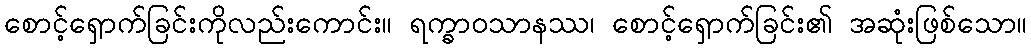
စောင့်ရှောက်ခြင်းကိုလည်းကောင်း။ ရက္ခာဝသာနဿ၊ စောင့်ရှောက်ခြင်း၏ အဆုံးဖြစ်သော။